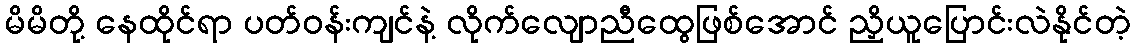
မိမိတို့ နေထိုင်ရာ ပတ်ဝန်းကျင်နဲ့ လိုက်လျောညီထွေဖြစ်အောင် ညှိယူပြောင်းလဲနိုင်တဲ့